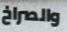
والصراخ